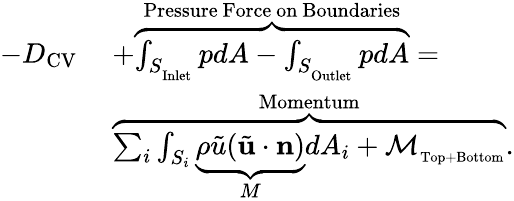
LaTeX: \begin{array}{rl}{-D_{\mathrm{CV}}\ }&{+\overbrace{\int_{S_{_\mathrm{Inlet}}}pdA-\int_{S_{_\mathrm{Outlet}}}pdA}^{\mathrm{Pressure\ Force\ on\ Boundaries}}=}\\ &{\overbrace{\sum_{i}\int_{S_{i}}\underbrace{\rho\tilde{u}(\tilde{\mathbf{u}}\cdot\mathbf{n})}_{M}dA_{i}+{\cal M}_{_\mathrm{Top+\mathrm{Bottom}}}}^{\mathrm{Momentum}}.}\end{array}